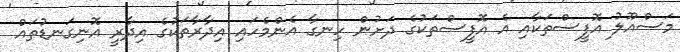
މަސްއޫލު އޮފީސްތަކާއި އެ އޮފީސްތަކުގެ ދަށުން ހިނގާ އެންމެހައި އިދާރާތަކުގެ އިދާރީ އޮނިގަނޑުތައް